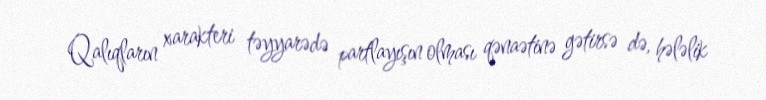
Qalıqların xarakteri təyyarədə partlayışın olması qənaətinə gətirsə də, hələlik